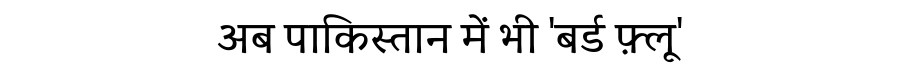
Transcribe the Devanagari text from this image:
अब पाकिस्तान में भी 'बर्ड फ़्लू'